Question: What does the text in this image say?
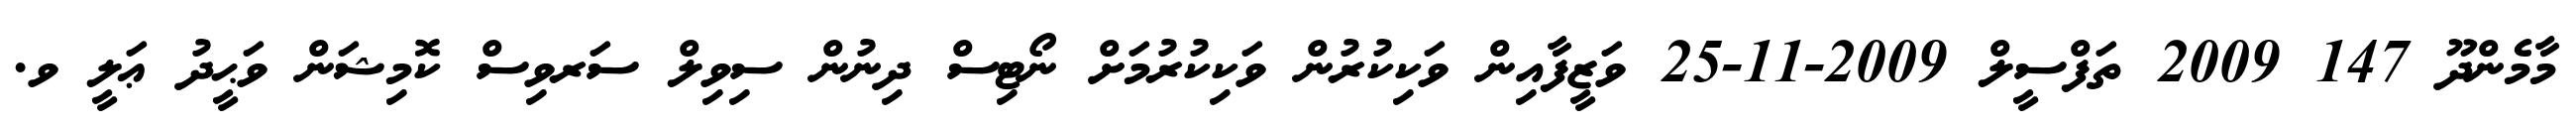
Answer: މާމެންދޫ 147 2009 ތަފްސީލް 2009-11-25 ވަޒީފާއިން ވަކިކުރުން ވަކިކުރުމަށް ނޯޓިސް ދިނުން ސިވިލް ސަރވިސް ކޮމިޝަން ވަޙީދު ޢަލީ ވ.